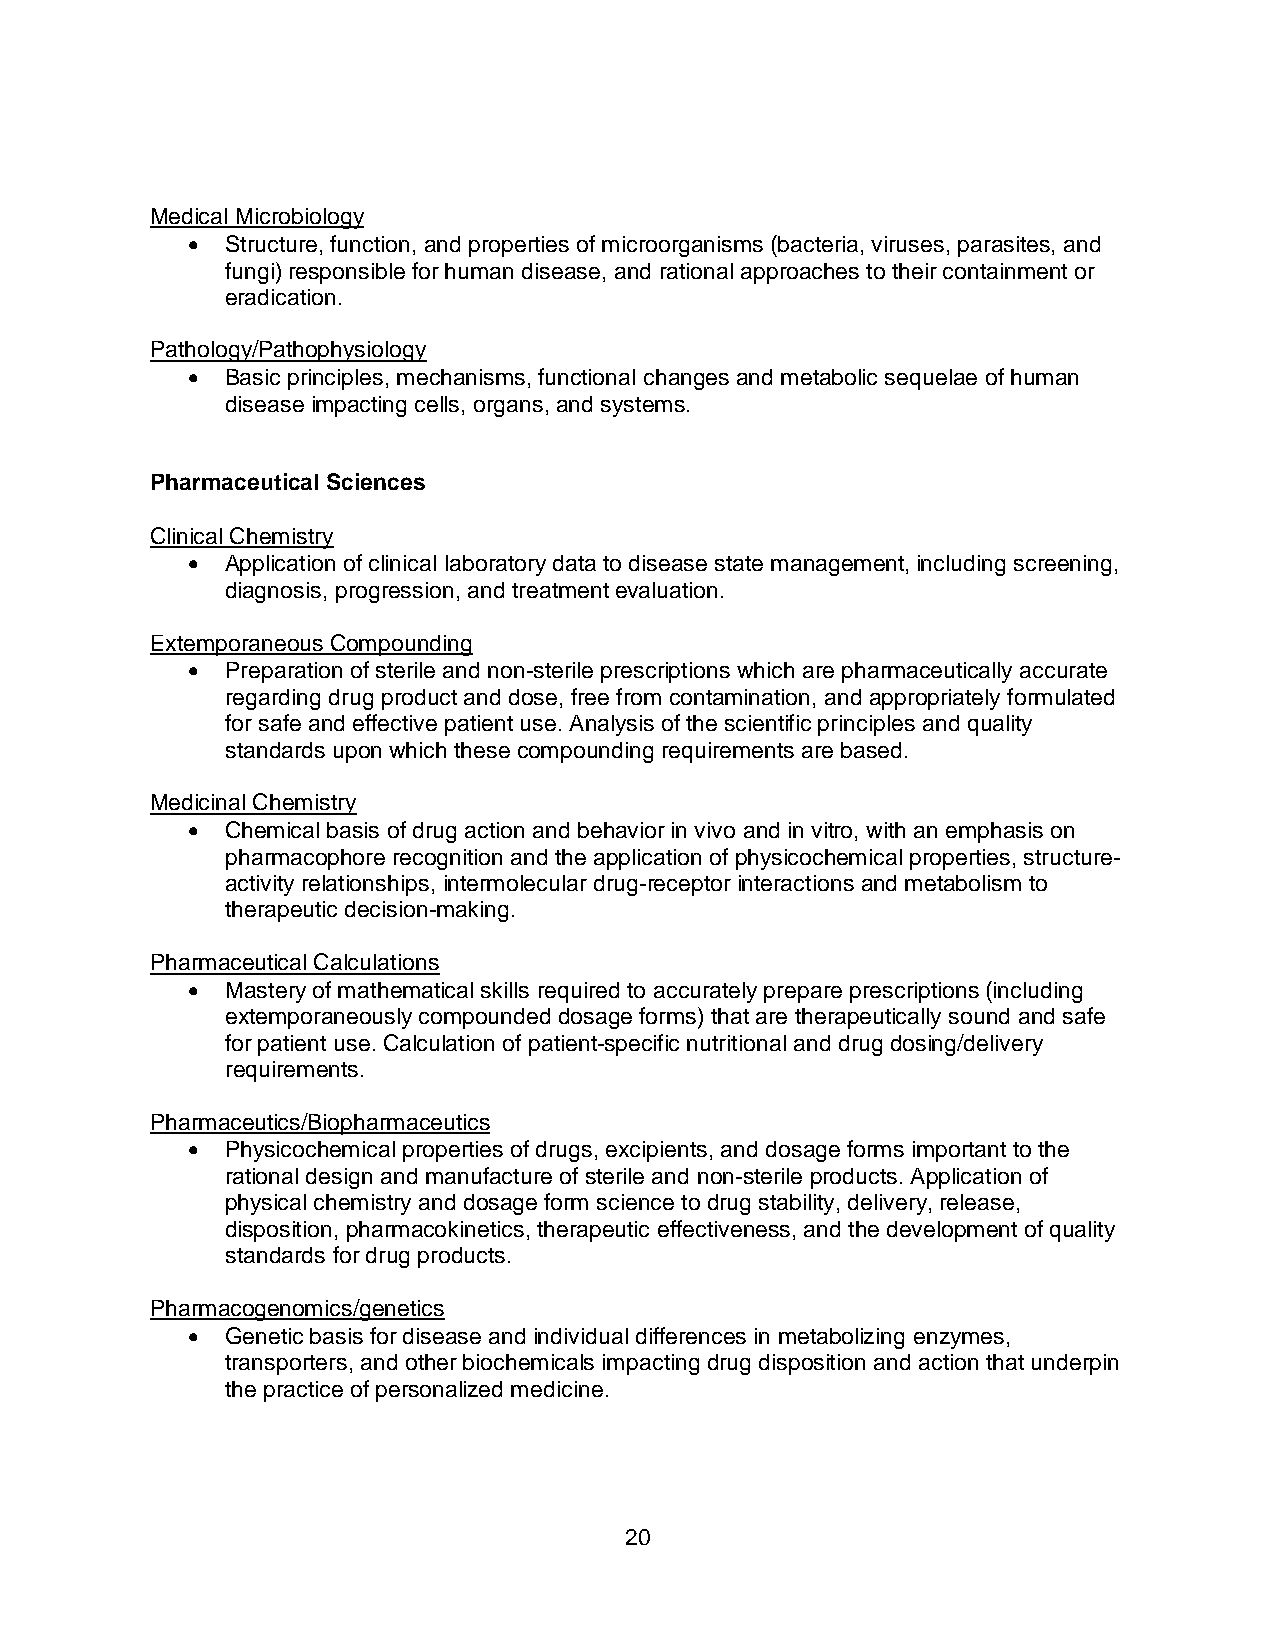
Medical Microbiology
 •  Structure, function, and properties of microorganisms (bacteria, viruses, parasites, and
 fungi) responsible for human disease, and rational approaches to their containment or
 eradication.
 Pathology/Pathophysiology
 •  Basic principles, mechanisms, functional changes and metabolic sequelae of human
 disease impacting cells, organs, and systems.
 Pharmaceutical Sciences
 Clinical Chemistry
 •  Application of clinical laboratory data to disease state management, including screening,
 diagnosis, progression, and treatment evaluation.
 Extemporaneous Compounding
 •  Preparation of sterile and non-sterile prescriptions which are pharmaceutically accurate
 regarding drug product and dose, free from contamination, and appropriately formulated
 for safe and effective patient use. Analysis of the scientific principles and quality
 standards upon which these compounding requirements are based.
 Medicinal Chemistry
 •  Chemical basis of drug action and behavior in vivo and in vitro, with an emphasis on
 pharmacophore recognition and the application of physicochemical properties, structure-
 activity relationships, intermolecular drug-receptor interactions and metabolism to
 therapeutic decision-making.
 Pharmaceutical Calculations
 •  Mastery of mathematical skills required to accurately prepare prescriptions (including
 extemporaneously compounded dosage forms) that are therapeutically sound and safe
 for patient use. Calculation of patient-specific nutritional and drug dosing/delivery
 requirements.
 Pharmaceutics/Biopharmaceutics
 •  Physicochemical properties of drugs, excipients, and dosage forms important to the
 rational design and manufacture of sterile and non-sterile products. Application of
 physical chemistry and dosage form science to drug stability, delivery, release,
 disposition, pharmacokinetics, therapeutic effectiveness, and the development of quality
 standards for drug products.
 Pharmacogenomics/genetics
 •  Genetic basis for disease and individual differences in metabolizing enzymes,
 transporters, and other biochemicals impacting drug disposition and action that underpin
 the practice of personalized medicine.
 20